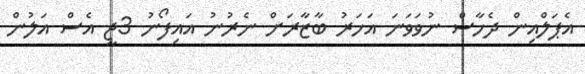
އެޕަލްއިން ދެހާސް ނުވަވަނަ އަހަރު ބާޒާރަށް ނެރުނު އައިފޯނު 3ޖީ އެސް އަލުން